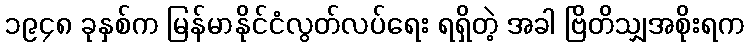
၁၉၄၈ ခုနှစ်က မြန်မာနိုင်ငံလွတ်လပ်ရေး ရရှိတဲ့ အခါ ဗြိတိသျှအစိုးရက